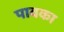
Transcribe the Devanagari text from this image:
पावका